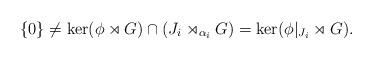
LaTeX: \begin{align*}\{0\}\ne \ker(\phi\rtimes G)\cap (J_i\rtimes_{\alpha_i} G)=\ker(\phi|_{J_i}\rtimes G).\end{align*}